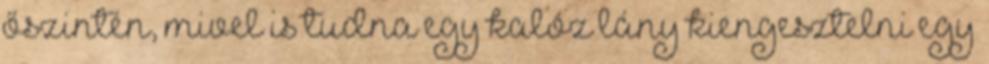
őszintén, mivel is tudna egy kalóz lány kiengesztelni egy